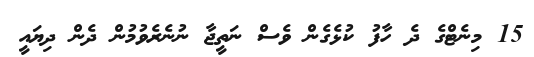
15 މިނެޓްގެ ދެ ހާފު ކުޅެގެން ވެސް ނަތީޖާ ނުނެރެވުމުން ދެން ދިޔައީ